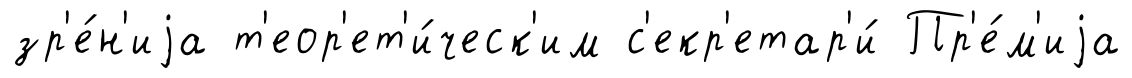
зр'е́н'иjа т'еор'ет'и́ческ'им с'екр'етар'и́ Пр'е́м'иjа